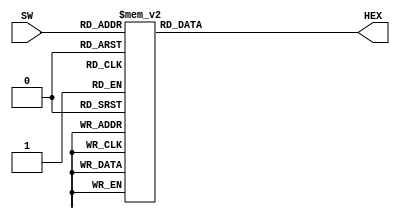
/*
	Translate 4-bit data to hex display
*/
module Hex_7seg (SW, HEX);
	input [3:0] SW;
	output [6:0] HEX;

	reg [6:0] wHEX;

	assign HEX = wHEX;

	always @ (SW) begin
		case (SW)
			0 : wHEX = 7'b1000000;
			1 : wHEX = 7'b1111001;
			2 : wHEX = 7'b0100100;
			3 : wHEX = 7'b0110000;
			4 : wHEX = 7'b0011001;
			5 : wHEX = 7'b0010010;
			6 : wHEX = 7'b0000010;
			7 : wHEX = 7'b1111000;
			8 : wHEX = 7'b0000000;
			9 : wHEX = 7'b0010000;
			10: wHEX = 7'b0001000;
			11: wHEX = 7'b0000000;
			12: wHEX = 7'b1000110;
			13: wHEX = 7'b1000000;
			14: wHEX = 7'b0000110;
			15: wHEX = 7'b0001110;
			default : wHEX = 7'b1111111;
		endcase
	end
endmodule